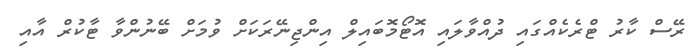
ރޭސް ކާރު ޓްރެކެއްގައި ދުއްވާލައި އޮޓޯމޮބައިލް އިންޖިނޭރަކަށް ވުމަށް ބޭނުންވާ ޓާކުރް އާއި